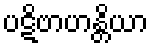
ပဋိဗာဟန္တိယာ